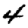
Digit: 4